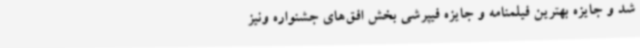
شد و جایزه بهترین فیلمنامه و جایزه فیپرشی بخش افق‌های جشنواره ونیز